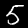
Digit: 5